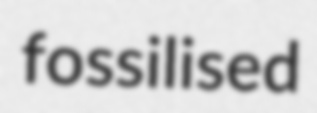
fossilised